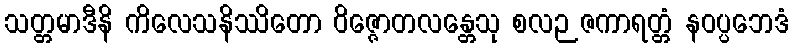
သတ္တမာဒီနိ ကိလေသနိဿိတော ဝိဇ္ဇောတလန္တေသု စလဉဇကာရတ္တံ နဝပ္ပဘေဒံ